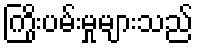
ကြိုးပမ်းမှုများသည်